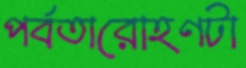
পর্বতারোহণটা